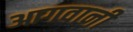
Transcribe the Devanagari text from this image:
आगवानी